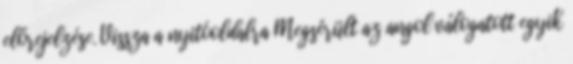
előrejelzése. Vissza a nyitóoldalra Megsérült az angol válogatott egyik